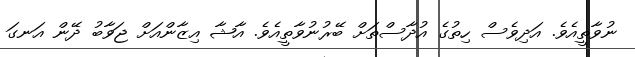
ނުވާތީއެވެ. އަދިވެސް ހިތުގެ އުދާސްތަށް ބޭރުނުވާތީއެވެ. އާޝާ އިޒާންއަށް ޖަވާބު ދޭން އަނގަ